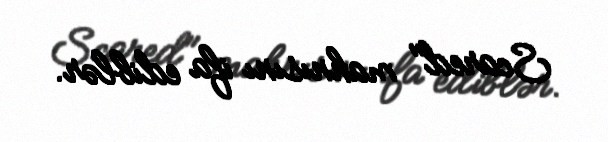
Scared" mahnısını ifa ediblər.